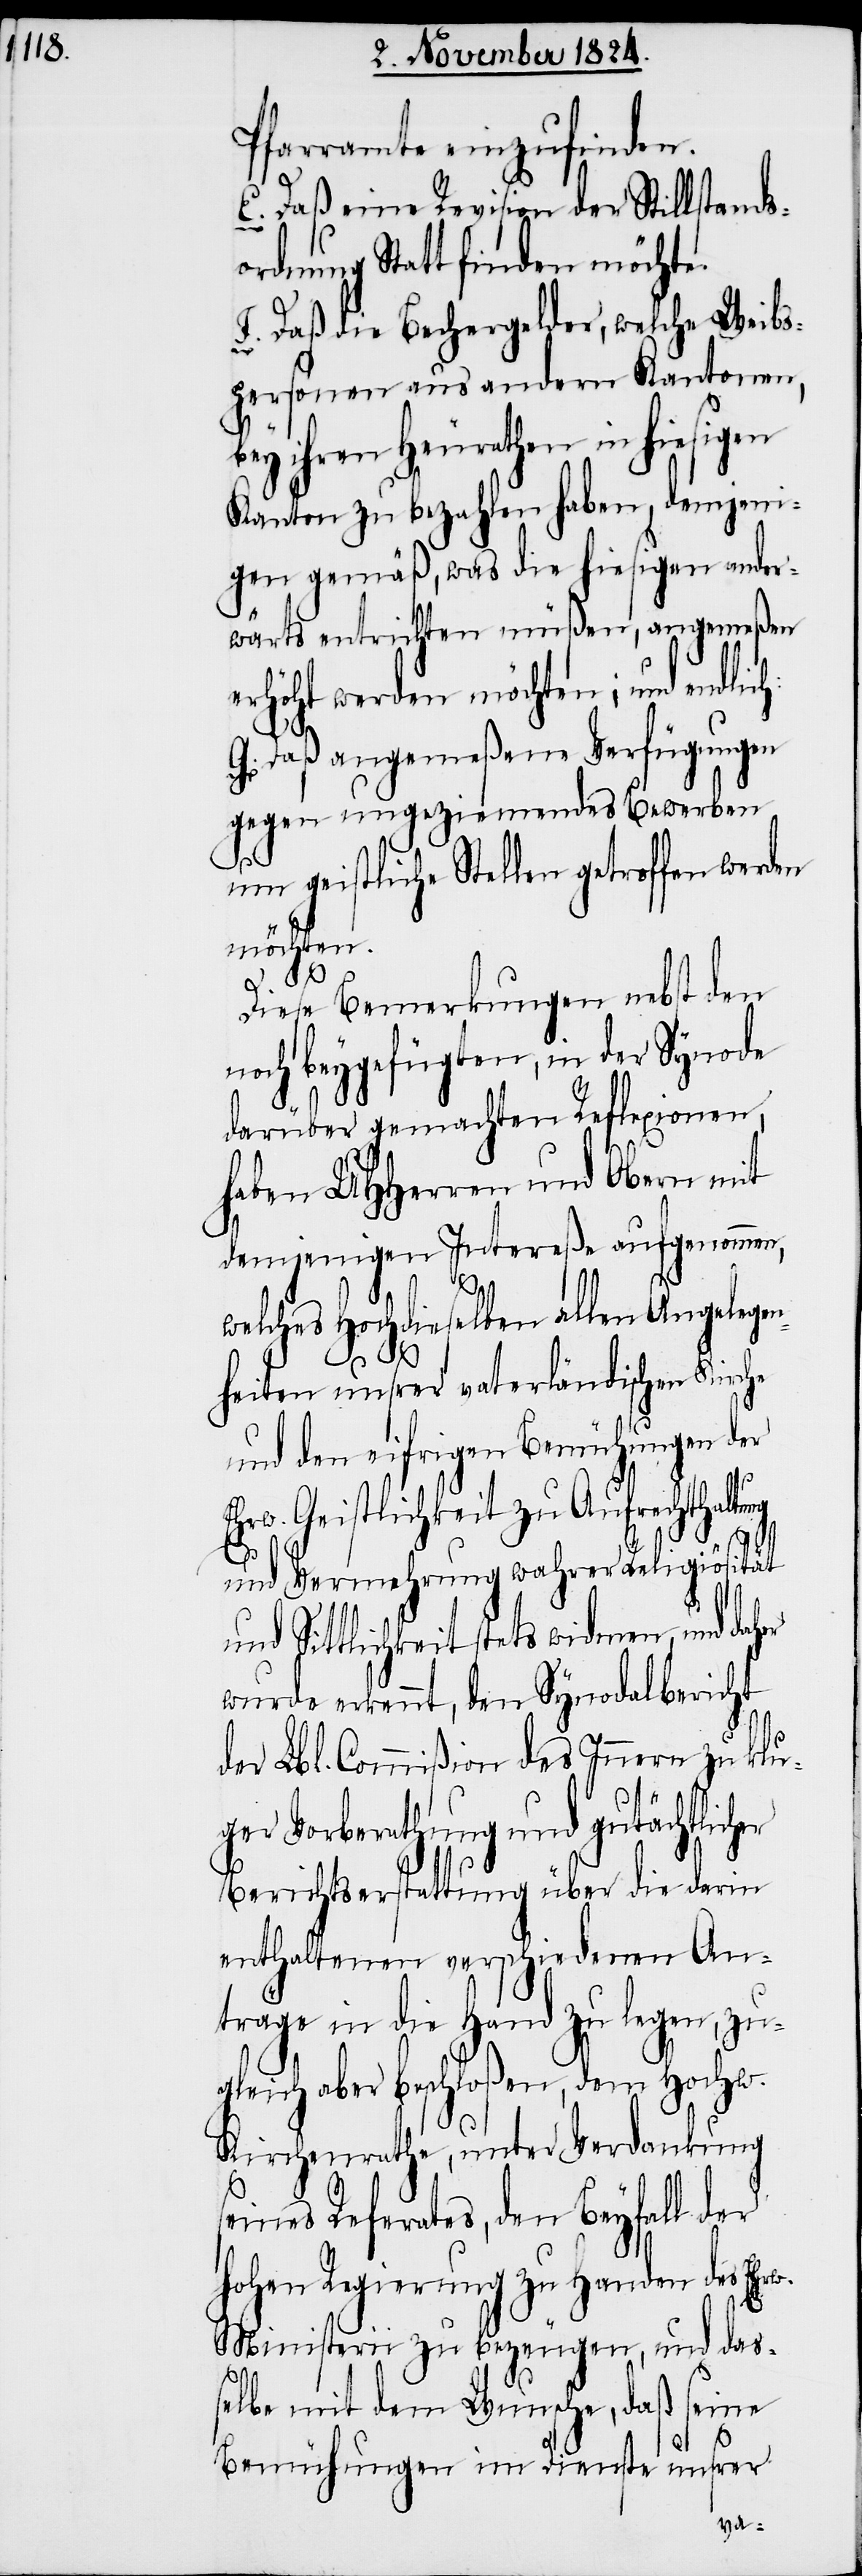
Pfarramte einzufinden.
E. Daß eine Revision der Stillstands¬
ordnung Statt finden möchte.
F. Daß die Bechergelder, welche Weibs¬
personen aus andern Kantonen,
bey ihren Heurathen in hiesigen
Kanton zu bezahlen haben, demjeni¬
gen gemäß, was die hiesigen ander¬
wärts entrichten müßen, angemeßen
erhöht werden möchten; und endlich:
G. Daß angemeßene Verfügungen
gegen ungeziemendes Bewerben
um geistliche Stellen getroffen werden
möchten.
Diese Bemerkungen nebst den
noch beygefügten, in der Synode
darüber gemachten Reflexionen,
haben UHHerren und Obern mit
demjenigen Intereße aufgenommen,
w.
welches Hochdieselben allen Angelegen¬
heiten unsrer vaterländischen Kirche
und den eifrigen Bemühungen der
Ehrw. Geistlichkeit zu Aufrechthaltung
und Vermehrung wahrer Religiösität
und Sittlichkeit stets widmen, und daher
wurde erkennt, den Synodalbericht
der Lbl. Commißion des Innern zu klu¬
ger Vorberathung und gutächtlich¬
Berichtserstattung über die darin
enthaltenen verschiedenen An¬
träge in die Hand zu legen, zu¬
gleich aber beschloßen, dem Hochw.
Kirchenrathe, unter Verdankung
ines Referates, den Beyfall der
hohen Regierung zu Handen des Ehr¬
Ministerii zu bezeugen, und das¬
selbe mit dem Wunsche, daß seine
Bemühungen im Dienste unsrer